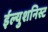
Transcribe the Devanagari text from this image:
ईल्युशनिस्ट